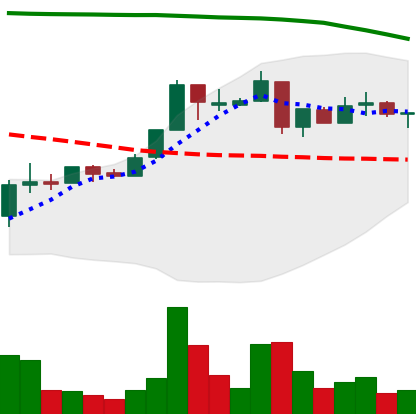
Ticker: XRP-USD
Chart end date: 2018-05-01
Forward return: 3.568%
Label: up_3_5